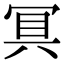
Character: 𭁷